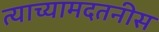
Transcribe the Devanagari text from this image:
त्याच्यामदतनीस